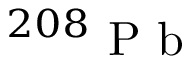
^ { 2 0 8 } \mathrm { ~ P ~ b ~ }